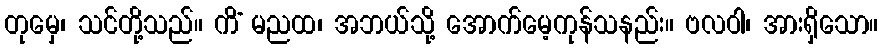
တုမှေ၊ သင်တို့သည်။ ကိံ မညထ၊ အဘယ်သို့ အောက်မေ့ကုန်သနည်း။ ဗလဝါ၊ အားရှိသော။